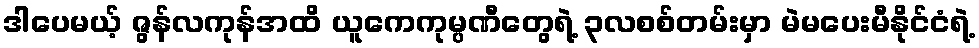
ဒါပေမယ့် ဇွန်လကုန်အထိ ယူကေကုမ္ပဏီတွေရဲ့ ၃လစစ်တမ်းမှာ မဲမပေးမီနိုင်ငံရဲ့